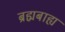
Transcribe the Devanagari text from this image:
ब्रह्मबाह्य